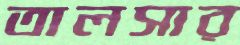
তালসার